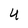
Character: U